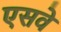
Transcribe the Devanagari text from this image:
एसवे